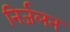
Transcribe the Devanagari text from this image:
निर्जलन